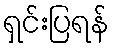
ရှင်းပြရန်